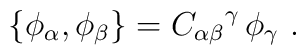
\{\phi_\alpha,\phi_\beta\}={C_{\alpha\beta}}^\gamma\,\phi_\gamma\ .